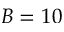
B = 1 0